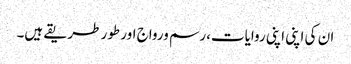
ان کی اپنی اپنی روایات،رسم ورواج اور طور طریقے ہیں۔